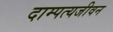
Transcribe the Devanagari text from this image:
दाम्पत्यजीवन